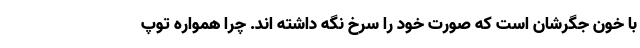
با خون جگرشان است که صورت خود را سرخ نگه داشته اند. چرا همواره توپ